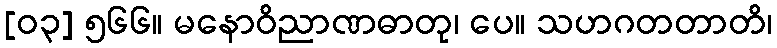
[၀၃] ၅၆၆။ မနောဝိညာဏဓာတု၊ ပေ။ သဟဂတတာတိ၊